画像に写った文字を読んでください
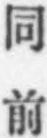
「同前」と書いてあります